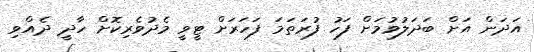
އަދަން އަށް ބަދަލުވުމަށް ފަހު ފުރަތަމަ ފަހަރަށް ޓީވީ މެދުވެރިކޮށް ހާދީ ދެއްވި